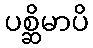
ပစ္ဆိမာပိ